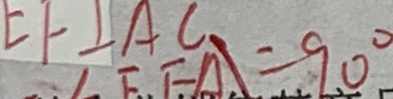
E F \bot A C